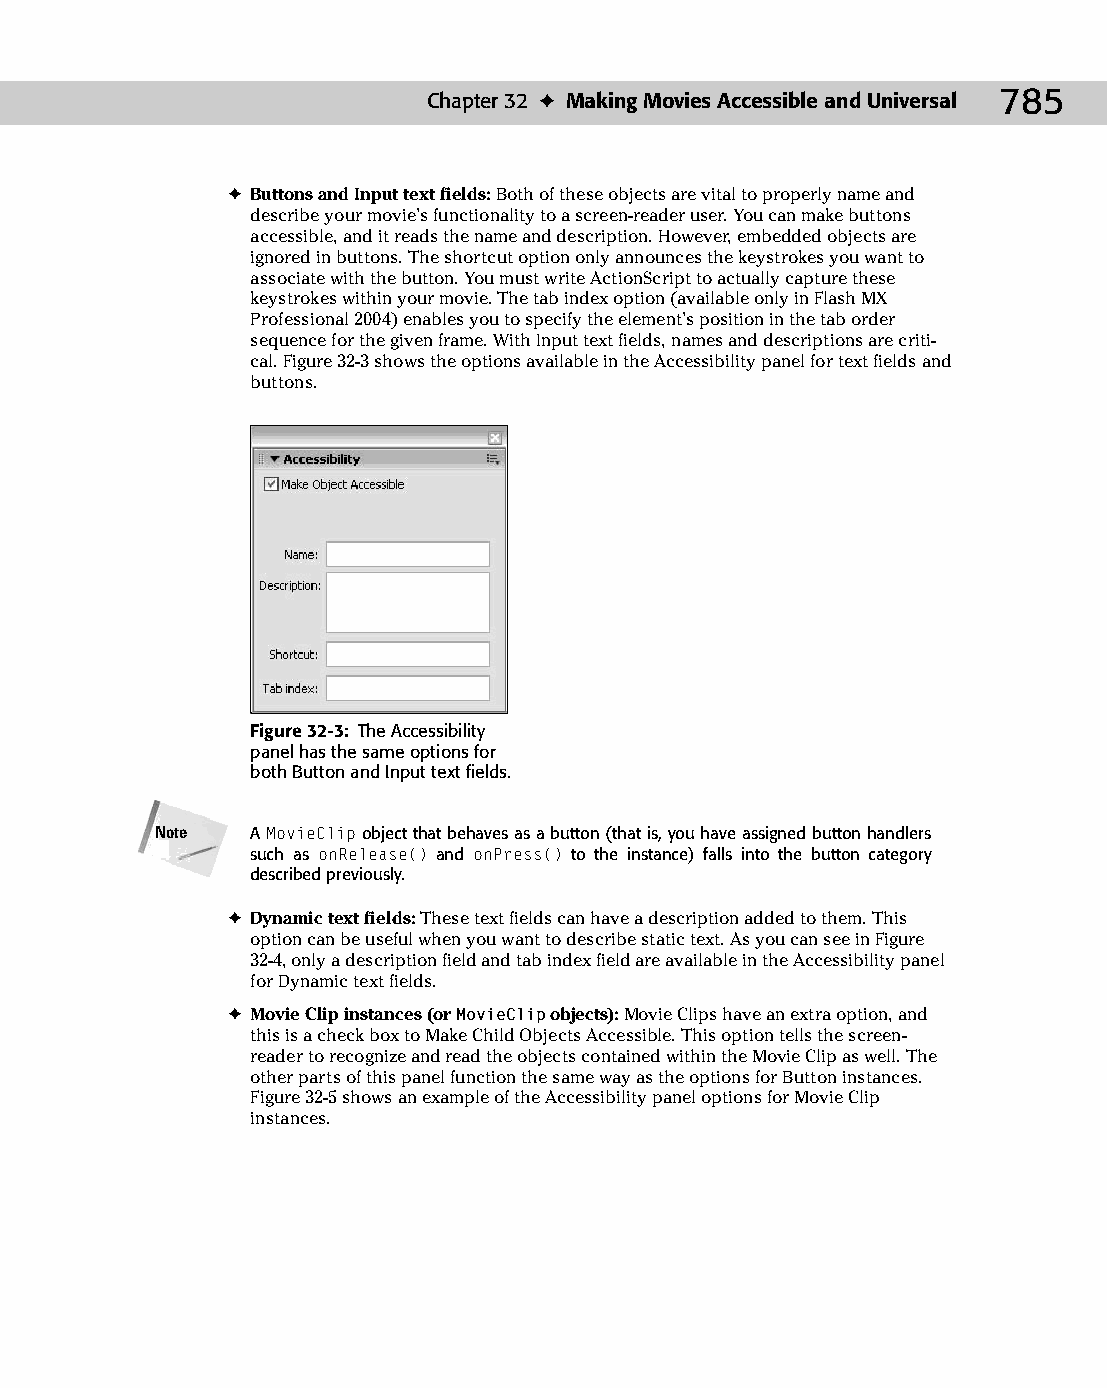
42 543547 ch32.qxd 3/24/04 4:16 PM Page 785
 Chapter 32 ✦ Making Movies Accessible and Universal 785
 ✦ Buttons and Input text fields: Both of these objects are vital to properly name and
 describe your movie’s functionality to a screen-reader user. You can make buttons
 accessible, and it reads the name and description. However, embedded objects are
 ignored in buttons. The shortcut option only announces the keystrokes you want to
 associate with the button. You must write ActionScript to actually capture these
 keystrokes within your movie. The tab index option (available only in Flash MX
 Professional 2004) enables you to specify the element’s position in the tab order
 sequence for the given frame. With Input text fields, names and descriptions are criti­
 cal. Figure 32-3 shows the options available in the Accessibility panel for text fields and
 buttons.
 Figure 32-3: The Accessibility
 panel has the same options for
 both Button and Input text fields.
 Note   A MovieClip object that behaves as a button (that is, you have assigned button handlers
 such as onRelease() and onPress() to the instance) falls into the button category
 described previously.
 ✦ Dynamic text fields: These text fields can have a description added to them. This
 option can be useful when you want to describe static text. As you can see in Figure
 32-4, only a description field and tab index field are available in the Accessibility panel
 for Dynamic text fields.
 ✦ Movie Clip instances (or MovieClip objects): Movie Clips have an extra option, and
 this is a check box to Make Child Objects Accessible. This option tells the screen-
 reader to recognize and read the objects contained within the Movie Clip as well. The
 other parts of this panel function the same way as the options for Button instances.
 Figure 32-5 shows an example of the Accessibility panel options for Movie Clip
 instances.